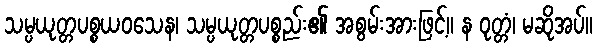
သမ္ပယုတ္တပစ္စယဝသေန၊ သမ္ပယုတ္တပစ္စည်း၏ အစွမ်းအားဖြင့်။ န ဝုတ္တံ၊ မဆိုအပ်။